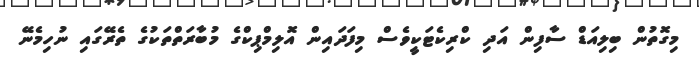
މިގޮތުން ބިލިއަޑް ސާފިން އަދި ކްރިކެޓަކީވެސް މިފަދައިން އޮލިމްޕިކްގެ މުބާރަތްތަކުގެ ތެރޭގައި ނުހިމެނޭ